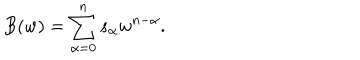
B ( w ) = \sum _ { \alpha = 0 } ^ { n } s _ { \alpha } w ^ { n - \alpha } .